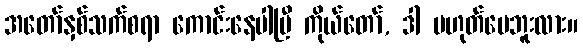
အတော်နှစ်သက်စရာ ကောင်းနေပါပြီ ကိုယ်တော်, ဒါ မဟုတ်ပေဘူးလား။